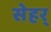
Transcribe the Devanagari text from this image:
सेहर्